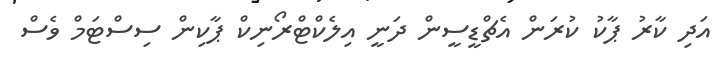
އަދި ކާރު ޕާކު ކުރަން އެޗްޑީސީން ދަނީ އިލެކްޓްރޯނިކް ޕާކިން ސިސްޓަމް ވެސް